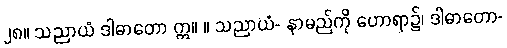
၂၈။ သညာယံ ဒါဓာတော ဣ။ ။ သညာယံ- နာမည်ကို ဟောရာ၌၊ ဒါဓာတော-